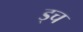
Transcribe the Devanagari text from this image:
ड्च